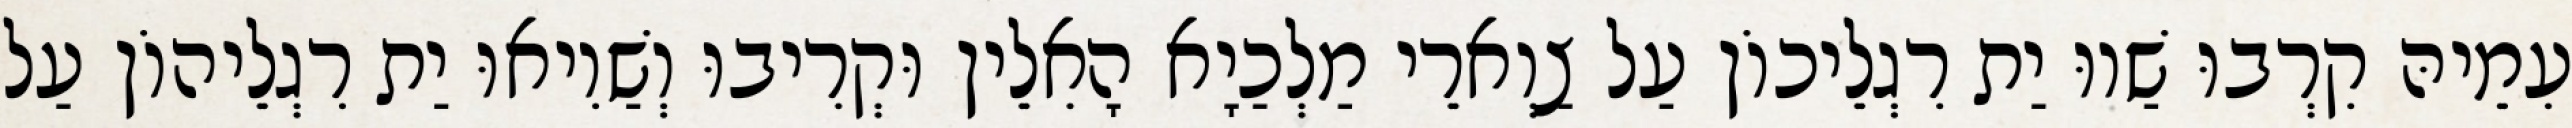
עִמֵיהּ קִרְבוּ שַׁווּ יַת רִגְלֵיכוֹן עַל צַוְארֵי מַלְכַיָא הָאִלֵין וּקְרִיבוּ וְשַׁוִיאוּ יַת רִגְלֵיהוֹן עַל